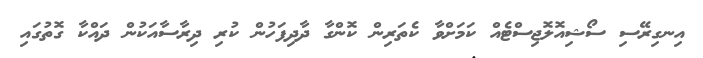
އިނގިރޭސި ސޯޝިއޮލޮޖިސްޓެއް ކަމަށްވާ ކެތަރިން ކޮންގާ ދާދިފަހުން ކުރި ދިރާސާއަކުން ދައްކާ ގޮތުގައި